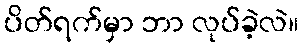
ပိတ်ရက်မှာ ဘာ လုပ်ခဲ့လဲ။